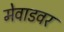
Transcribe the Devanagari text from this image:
मेवाडवर